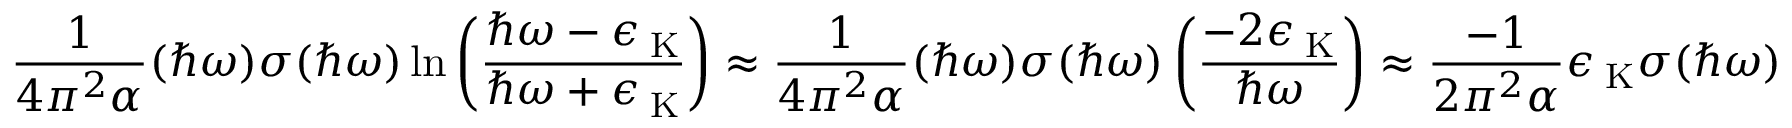
\frac { 1 } { 4 \pi ^ { 2 } \alpha } ( \hbar \omega ) \sigma ( \hbar \omega ) \ln { \left( \frac { \hbar \omega - \epsilon _ { \mathrm { \tiny ~ K } } } { \hbar \omega + \epsilon _ { \mathrm { \tiny ~ K } } } \right) } \approx \frac { 1 } { 4 \pi ^ { 2 } \alpha } ( \hbar \omega ) \sigma ( \hbar \omega ) \left( \frac { - 2 \epsilon _ { \mathrm { \tiny ~ K } } } { \hbar \omega } \right) \approx \frac { - 1 } { 2 \pi ^ { 2 } \alpha } \epsilon _ { \mathrm { \tiny ~ K } } \sigma ( \hbar \omega )